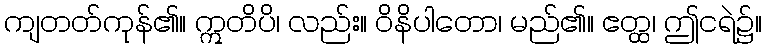
ကျတတ်ကုန်၏။ ဣတိပိ၊ လည်း။ ဝိနိပါတော၊ မည်၏။ ဧတ္ထ၊ ဤငရဲ၌။